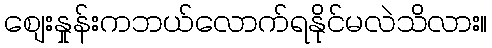
စျေးနှုန်းကဘယ်လောက်ရနိုင်မလဲသိလား။